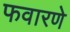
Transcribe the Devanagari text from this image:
फवारणे